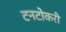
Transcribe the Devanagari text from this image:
टनटोकरी